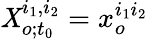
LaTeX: \mathit{X}_{o;t_{0}}^{i_{1},i_{2}}=x_{o}^{i_{1}i_{2}}